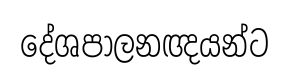
දේශපාලනඥයන්ට